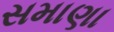
સમાણા